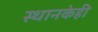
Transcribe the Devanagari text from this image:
स्थानकेही